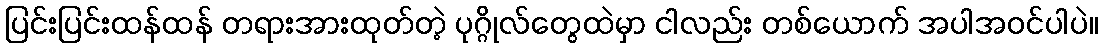
ပြင်းပြင်းထန်ထန် တရားအားထုတ်တဲ့ ပုဂ္ဂိုလ်တွေထဲမှာ ငါလည်း တစ်ယောက် အပါအဝင်ပါပဲ။